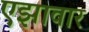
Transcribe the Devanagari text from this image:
एझावार